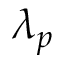
\lambda _ { p }